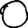
Digit: 0